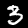
Label: 3